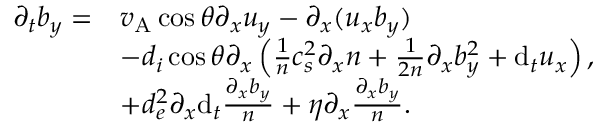
\begin{array} { r l } { \partial _ { t } b _ { y } = } & { v _ { \mathrm { A } } \cos \theta \partial _ { x } u _ { y } - \partial _ { x } ( u _ { x } b _ { y } ) } \\ & { - d _ { i } \cos \theta \partial _ { x } \left( \frac { 1 } { n } c _ { s } ^ { 2 } \partial _ { x } n + \frac { 1 } { 2 n } \partial _ { x } b _ { y } ^ { 2 } + \mathrm { d } _ { t } u _ { x } \right) , } \\ & { + d _ { e } ^ { 2 } \partial _ { x } \mathrm { d } _ { t } \frac { \partial _ { x } b _ { y } } { n } + \eta \partial _ { x } \frac { \partial _ { x } b _ { y } } { n } . } \end{array}